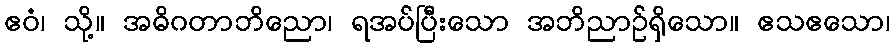
ဧဝံ၊ သို့။ အဓိဂတာဘိညော၊ ရအပ်ပြီးသော အဘိညာဉ်ရှိသော။ ဧသဧသော၊